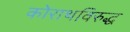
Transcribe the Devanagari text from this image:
कोराथविरुद्ध